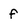
Character: f